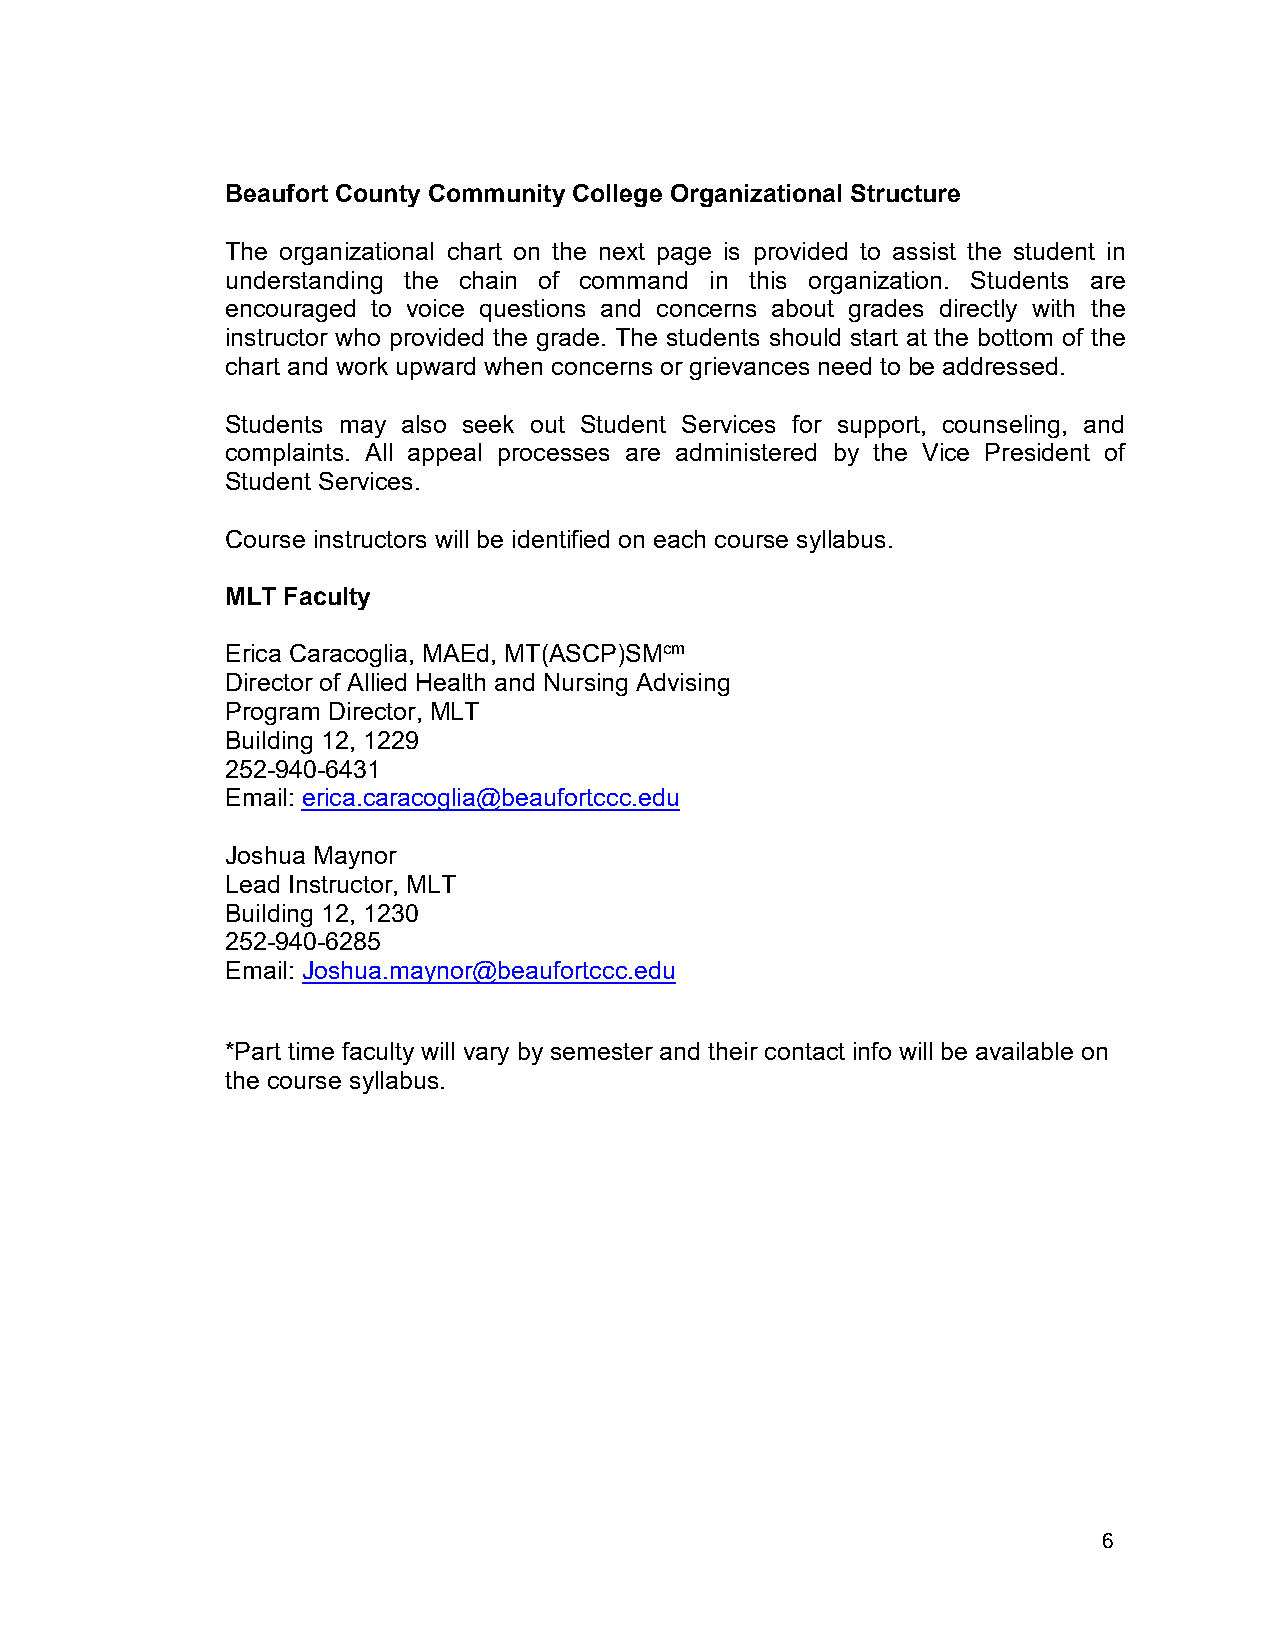
Beaufort County Community College Organizational Structure
 The organizational chart on the next page is provided to assist the student in
 understanding the chain of command in this organization. Students are
 encouraged to voice questions and concerns about grades directly with the
 instructor who provided the grade. The students should start at the bottom of the
 chart and work upward when concerns or grievances need to be addressed.
 Students may also seek out Student Services for support, counseling, and
 complaints. All appeal processes are administered by the Vice President of
 Student Services.
 Course instructors will be identified on each course syllabus.
 MLT Faculty
 Erica Caracoglia, MAEd, MT(ASCP)SMcm
 Director of Allied Health and Nursing Advising
 Program Director, MLT
 Building 12, 1229
 252-940-6431
 Email: erica.caracoglia@beaufortccc.edu
 Joshua Maynor
 Lead Instructor, MLT
 Building 12, 1230
 252-940-6285
 Email: Joshua.maynor@beaufortccc.edu
 *Part time faculty will vary by semester and their contact info will be available on
 the course syllabus.
 6